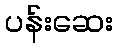
ပန်းဆေး